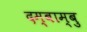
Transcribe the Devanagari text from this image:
दम्बाम्बु